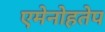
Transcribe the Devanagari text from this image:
एमेनोहतेप